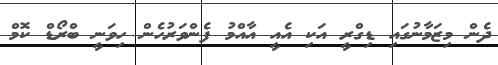
ދެން މިޒަމާނުގައި ޑިގްރީ އަކި އެއީ އާއްމު ފެންވަރުހެން ހިވަނީ ބްރޯޑް ކޮމް